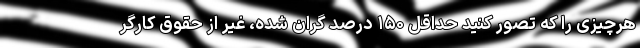
هرچیزی را که تصور کنید حداقل ۱۵۰ درصد گران شده، غیر از حقوق کارگر